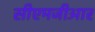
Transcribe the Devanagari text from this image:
सीएमजीआर